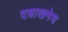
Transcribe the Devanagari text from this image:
दशाखमेध